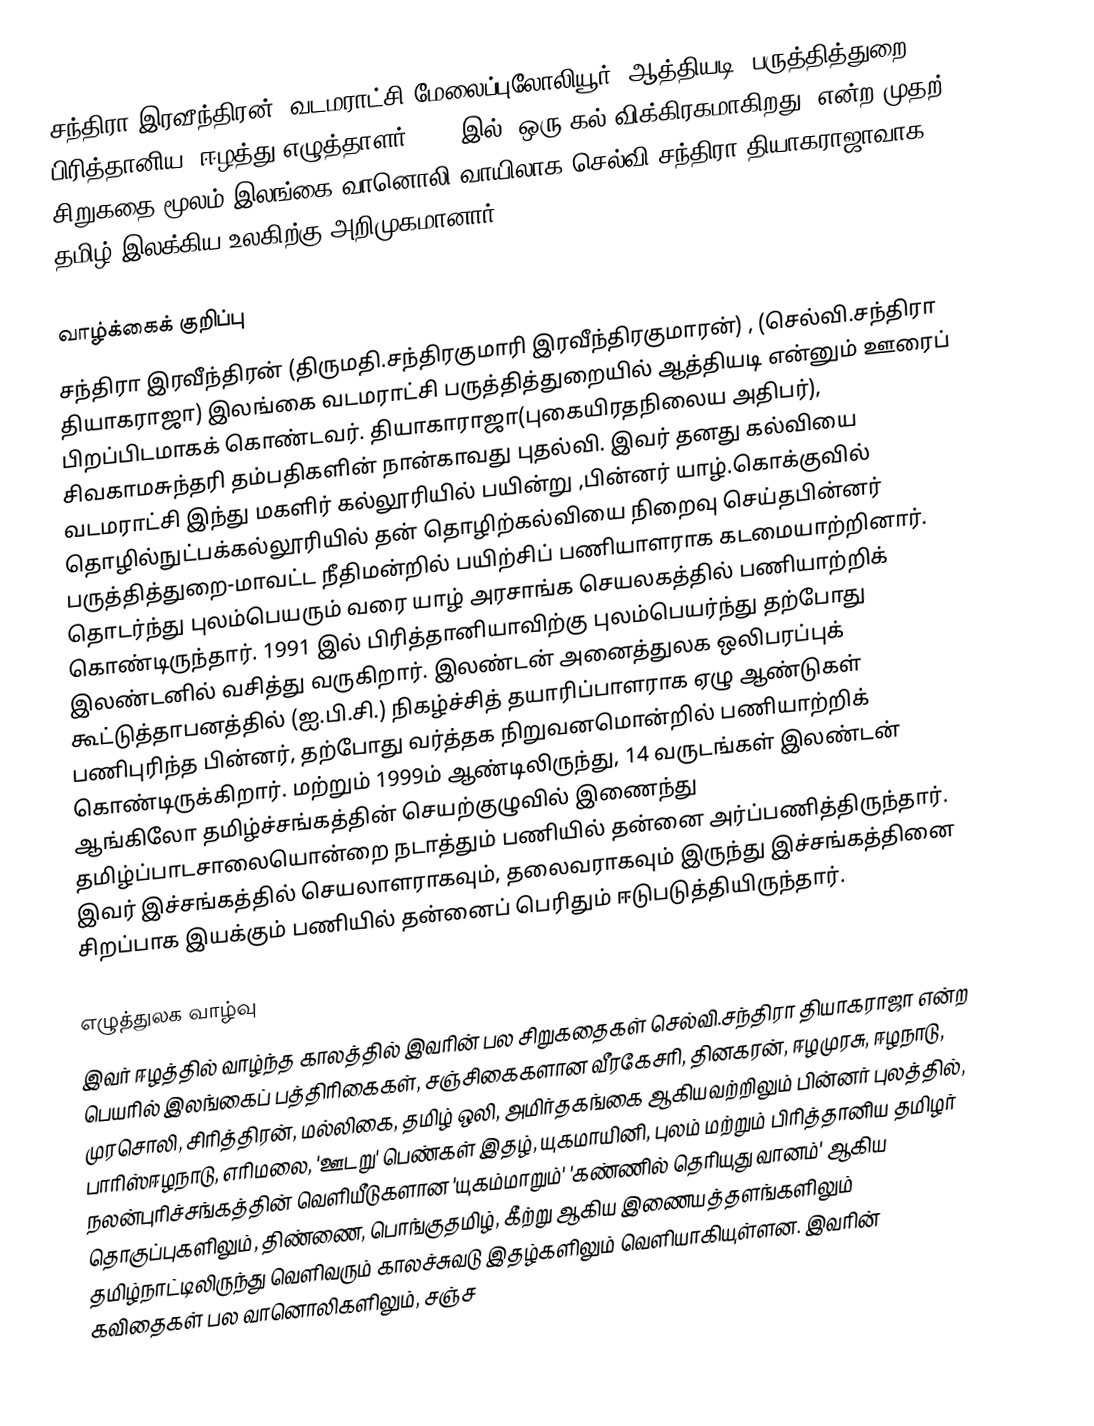
சந்திரா இரவீந்திரன் (வடமராட்சி-மேலைப்புலோலியூர்,  ஆத்தியடி, பருத்தித்துறை) பிரித்தானிய, ஈழத்து எழுத்தாளர். 1981இல் ”ஒரு கல் விக்கிரகமாகிறது” என்ற முதற் சிறுகதை மூலம் இலங்கை வானொலி வாயிலாக செல்வி.சந்திரா தியாகராஜாவாக தமிழ் இலக்கிய உலகிற்கு அறிமுகமானார்.

வாழ்க்கைக் குறிப்பு
சந்திரா இரவீந்திரன் (திருமதி.சந்திரகுமாரி இரவீந்திரகுமாரன்) , (செல்வி.சந்திரா தியாகராஜா)  இலங்கை வடமராட்சி  பருத்தித்துறையில் ஆத்தியடி என்னும் ஊரைப் பிறப்பிடமாகக் கொண்டவர். தியாகாராஜா(புகையிரதநிலைய அதிபர்), சிவகாமசுந்தரி தம்பதிகளின் நான்காவது புதல்வி. இவர் தனது கல்வியை வடமராட்சி இந்து மகளிர் கல்லூரியில் பயின்று ,பின்னர் யாழ்.கொக்குவில் தொழில்நுட்பக்கல்லூரியில் தன் தொழிற்கல்வியை நிறைவு செய்தபின்னர் பருத்தித்துறை-மாவட்ட  நீதிமன்றில்  பயிற்சிப் பணியாளராக கடமையாற்றினார்.  தொடர்ந்து புலம்பெயரும் வரை யாழ் அரசாங்க செயலகத்தில் பணியாற்றிக் கொண்டிருந்தார். 1991 இல் பிரித்தானியாவிற்கு புலம்பெயர்ந்து தற்போது  இலண்டனில் வசித்து வருகிறார். இலண்டன் அனைத்துலக ஒலிபரப்புக் கூட்டுத்தாபனத்தில் (ஐ.பி.சி.) நிகழ்ச்சித் தயாரிப்பாளராக ஏழு ஆண்டுகள் பணிபுரிந்த பின்னர், தற்போது வர்த்தக நிறுவனமொன்றில் பணியாற்றிக் கொண்டிருக்கிறார். மற்றும் 1999ம் ஆண்டிலிருந்து, 14 வருடங்கள் இலண்டன் ஆங்கிலோ தமிழ்ச்சங்கத்தின் செயற்குழுவில் இணைந்து தமிழ்ப்பாடசாலையொன்றை நடாத்தும் பணியில் தன்னை அர்ப்பணித்திருந்தார். இவர் இச்சங்கத்தில் செயலாளராகவும், தலைவராகவும் இருந்து இச்சங்கத்தினை சிறப்பாக இயக்கும் பணியில் தன்னைப் பெரிதும் ஈடுபடுத்தியிருந்தார்.

எழுத்துலக வாழ்வு
இவர் ஈழத்தில் வாழ்ந்த காலத்தில் இவரின் பல சிறுகதைகள் செல்வி.சந்திரா தியாகராஜா என்ற பெயரில் இலங்கைப் பத்திரிகைகள், சஞ்சிகைகளான வீரகேசரி, தினகரன், ஈழமுரசு, ஈழநாடு, முரசொலி, சிரித்திரன், மல்லிகை, தமிழ் ஒலி, அமிர்தகங்கை ஆகியவற்றிலும் பின்னர் புலத்தில், பாரிஸ்ஈழநாடு, எரிமலை, 'ஊடறு' பெண்கள் இதழ், யுகமாயினி, புலம் மற்றும்  பிரித்தானிய தமிழர் நலன்புரிச்சங்கத்தின் வெளியீடுகளான  'யுகம்மாறும்'  'கண்ணில் தெரியுது வானம்' ஆகிய தொகுப்புகளிலும், திண்ணை, பொங்குதமிழ், கீற்று ஆகிய இணையத்தளங்களிலும் தமிழ்நாட்டிலிருந்து வெளிவரும் காலச்சுவடு இதழ்களிலும் வெளியாகியுள்ளன.  இவரின் கவிதைகள்  பல வானொலிகளிலும், சஞ்ச